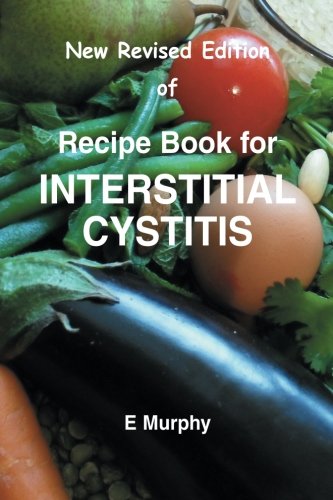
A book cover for New Revised Edition of Recipe book for Interstitial Cystitis: New Revised Edition of Recipe Book for Interstition Cystitis; Ms Eileen Murphy; Cookbooks, Food & Wine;